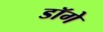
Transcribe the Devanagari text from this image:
डॉगे